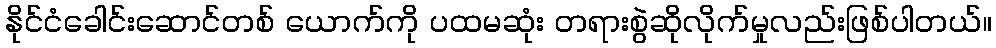
နိုင်ငံခေါင်းဆောင်တစ် ယောက်ကို ပထမဆုံး တရားစွဲဆိုလိုက်မှုလည်းဖြစ်ပါတယ်။